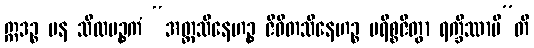
ဣဒဉ္စ ပန သီလပဉ္စကံ “အတ္တသိနေဟဉ္စ ဇီဝိတသိနေဟဉ္စ ပရိစ္စဇိတွာ ရက္ခိဿာမီ”တိ